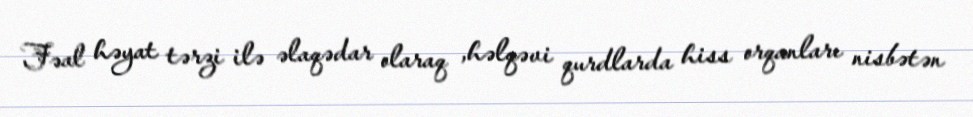
Fəal həyat tərzi ilə əlaqədar olaraq ,həlqəvi qurdlarda hiss orqanları nisbətən